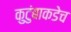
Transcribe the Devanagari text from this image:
कुटुंबाकडेच